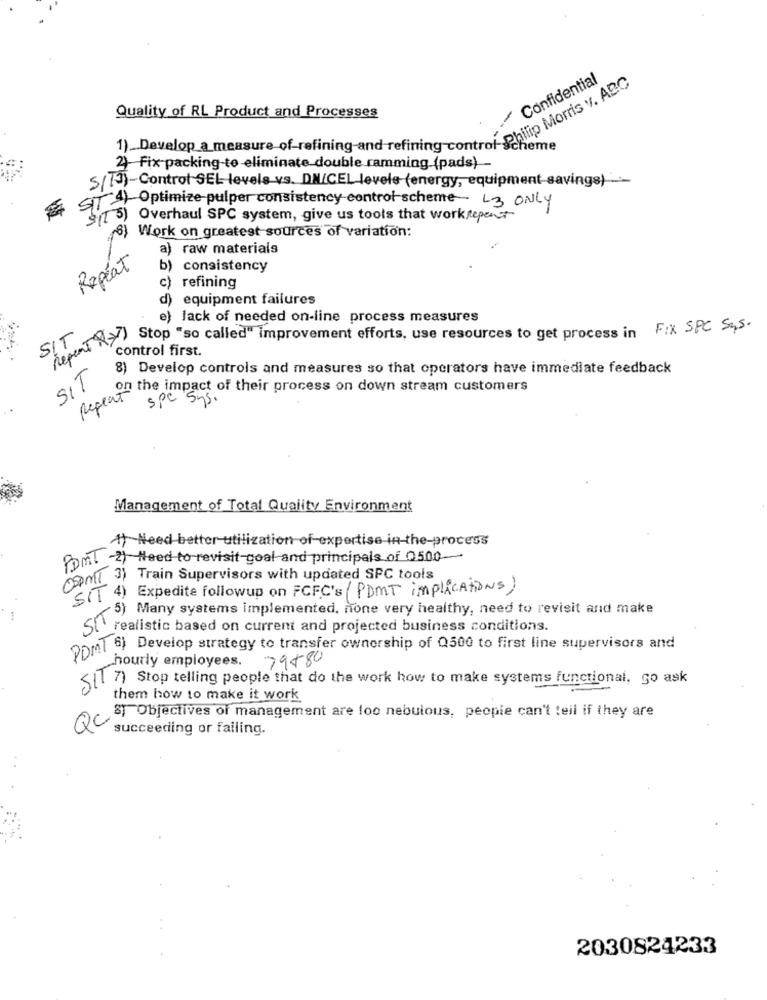
Confidential
Quality of RL Product and Processes
.. Develop a measure of-refining and refining-com austin Morris V. Pe
cheme
2) Fix-packing-to eliminate double_ramming (pads)
5/13)-Control SEL levels vs. DNICEL levele (energy, equipment savings)_
SIT 4) Optimize pulper consistency control scheme- L3 ONLY
3((3) Overhaul SPC system, give us tools that workrepeat
6) Work on greatest sources of variation:
a) raw materials
Repeat
b) consistency
) refining
) equipment failures
e) lack of needed on-line process measures
(T TRY stop "so called" improvement efforts, use resources to get process in Fix SPC Sas.
control first.
8) Develop controls and measures so that operators have immediate feedback
SIT
on the impact of their process on down stream customers
Repeat
spc sys.
Management of Total Quality Environment
A) Need better-utilization of expertise in-the-process
PomT -2) Hoed to revisit-goal and principals of 0500-
spmT 3) Train Supervisors with updated SPC tools
((( 4) Expedite followup on FCFC's ( PDMT implications,
/ Many systems implemented, none very healthy, need to revisit and make
realistic based on current and projected business conditions.
00mt 6) Develop strategy to transfer ownership of Q500 to first line supervisors and
hourly employees. 79580
{[ 7] Stop telling people that do the work how to make systems functional, go ask
them how to make it work
ST Objectives of management are loo nebulous, people can't tell if they are
QC
succeeding or failing.
2030824233